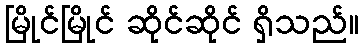
မြိုင်မြိုင် ဆိုင်ဆိုင် ရှိသည်။